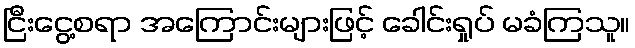
ငြီးငွေ့စရာ အကြောင်းများဖြင့် ခေါင်းရှုပ် မခံကြသူ။